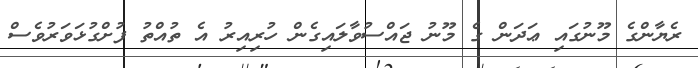
ރެޔާންގެ މޫނުގައި ޢަދަން ގެ މޫނު ޖައްސުވާލައިގެން ހުރިއިރު އެ ތުއްތު ފުށްގުޅަވަރުވެސް